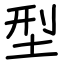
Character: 型